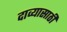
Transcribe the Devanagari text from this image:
दाव्यासाठी